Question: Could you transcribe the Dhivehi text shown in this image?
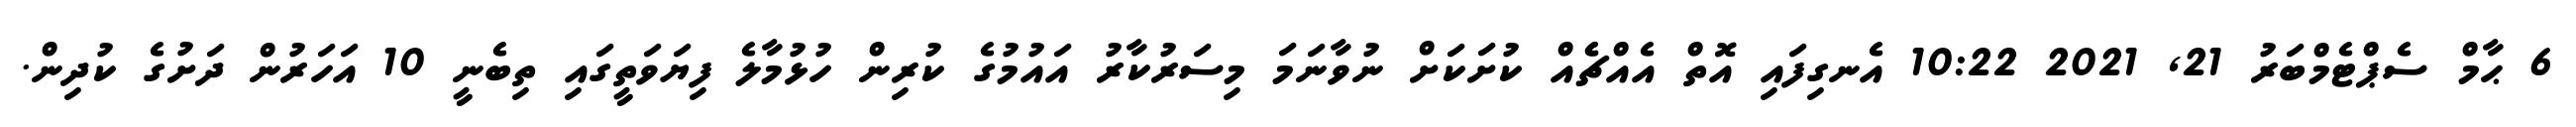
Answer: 6 ޙާމް ސެޕްޓެމްބަރު 21, 2021 10:22 އެނގިފައި އޮތް އެއްޗެެއް ކުށަކަށް ނުވާނަމަ މިސަރުކާރު އައުމުގެ ކުރިން ހުޅުމާލެ ފިޔަވަތީގައި ތިބެނީ 10 އަހަރުން ދަށުގެ ކުދިން.